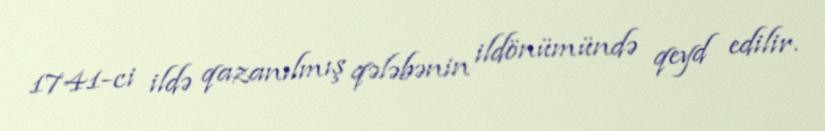
1741-ci ildə qazanılmış qələbənin ildönümündə qeyd edilir.